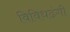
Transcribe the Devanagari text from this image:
विविधढंगी